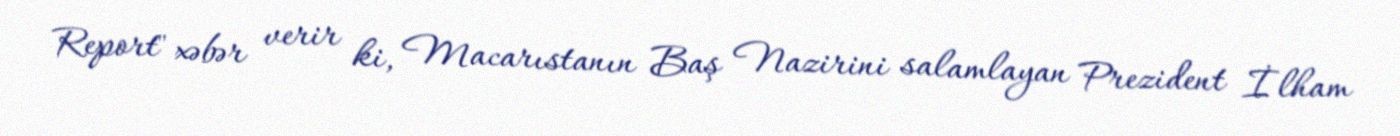
Report" xəbər verir ki, Macarıstanın Baş Nazirini salamlayan Prezident İlham